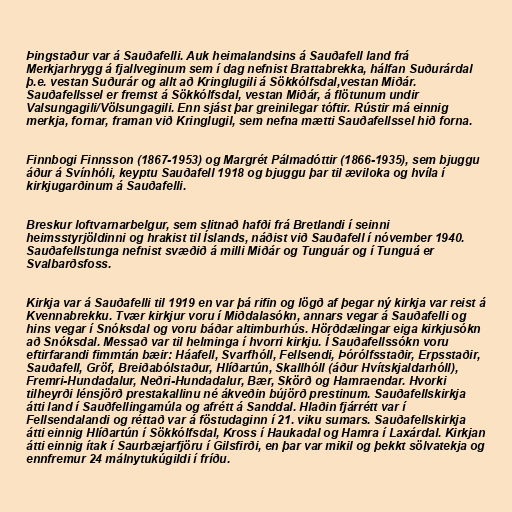
Þingstaður var á Sauðafelli. Auk heimalandsins á Sauðafell land frá
Merkjarhrygg á fjallveginum sem í dag nefnist Brattabrekka, hálfan Suðurárdal
þ.e. vestan Suðurár og allt að Kringlugili á Sökkólfsdal,vestan Miðár.
Sauðafellssel er fremst á Sökkólfsdal, vestan Miðár, á flötunum undir
Valsungagili/Völsungagili. Enn sjást þar greinilegar tóftir. Rústir má einnig
merkja, fornar, framan við Kringlugil, sem nefna mætti Sauðafellssel hið forna.

Finnbogi Finnsson (1867-1953) og Margrét Pálmadóttir (1866-1935), sem bjuggu
áður á Svínhóli, keyptu Sauðafell 1918 og bjuggu þar til æviloka og hvíla í
kirkjugarðinum á Sauðafelli.

Breskur loftvarnarbelgur, sem slitnað hafði frá Bretlandi í seinni
heimsstyrjöldinni og hrakist til Íslands, náðist við Sauðafell í nóvember 1940.
Sauðafellstunga nefnist svæðið á milli Miðár og Tunguár og í Tunguá er
Svalbarðsfoss.

Kirkja var á Sauðafelli til 1919 en var þá rifin og lögð af þegar ný kirkja var reist á
Kvennabrekku. Tvær kirkjur voru í Miðdalasókn, annars vegar á Sauðafelli og
hins vegar í Snóksdal og voru báðar altimburhús. Hörðdælingar eiga kirkjusókn
að Snóksdal. Messað var til helminga í hvorri kirkju. Í Sauðafellssókn voru
eftirfarandi fimmtán bæir: Háafell, Svarfhóll, Fellsendi, Þórólfsstaðir, Erpsstaðir,
Sauðafell, Gröf, Breiðabólstaður, Hlíðartún, Skallhóll (áður Hvítskjaldarhóll),
Fremri-Hundadalur, Neðri-Hundadalur, Bær, Skörð og Hamraendar. Hvorki
tilheyrði lénsjörð prestakallinu né ákveðin bújörð prestinum. Sauðafellskirkja
átti land í Sauðfellingamúla og afrétt á Sanddal. Hlaðin fjárrétt var í
Fellsendalandi og réttað var á föstudaginn í 21. viku sumars. Sauðafellskirkja
átti einnig Hlíðartún í Sökkólfsdal, Kross í Haukadal og Hamra í Laxárdal. Kirkjan
átti einnig ítak í Saurbæjarfjöru í Gilsfirði, en þar var mikil og þekkt sölvatekja og
ennfremur 24 málnytukúgildi í fríðu.